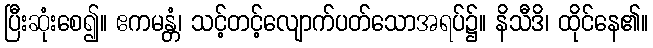
ပြီးဆုံးစေ၍။ ဧကမန္တံ၊ သင့်တင့်လျောက်ပတ်သောအရပ်၌။ နိသီဒိ၊ ထိုင်နေ၏။